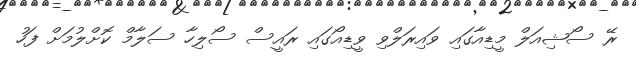
ރޭ ސޯޝިއަލް މީޑިއާގައި ވައިރަލްވި ވީޑިއޯގައި ރައީސް ސޯލިހާ ސަލާމް ކޮށްލުމަށް ފަހު